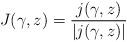
LaTeX: \begin{align*} J(\gamma, z) = \frac{j(\gamma, z)}{\lvert j(\gamma, z) \rvert}\end{align*}